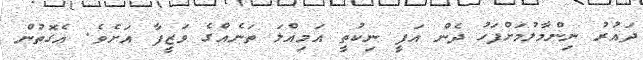
ދައުރު ނިންމާލުމަށްފަހު ދެން އަފީ ނިކުތީ އަމިއްލަ ތަނެއްގެ ވަޒީފާ އަށެވެ. އެގޮތުން